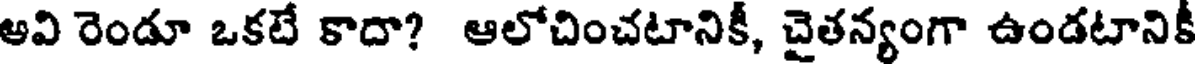
అవి రెండూ ఒకటే కాదా? ఆలోచించటానికీ, చైతన్యంగా ఉండటానికీ